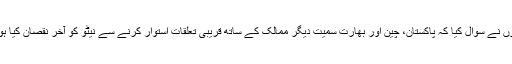
انہوں نے سوال کیا کہ پاکستان، چین اور بھارت سمیت دیگر ممالک کے ساتھ قریبی تعلقات استوار کرنے سے نیٹو کو آخر نقصان کیا ہوگا۔